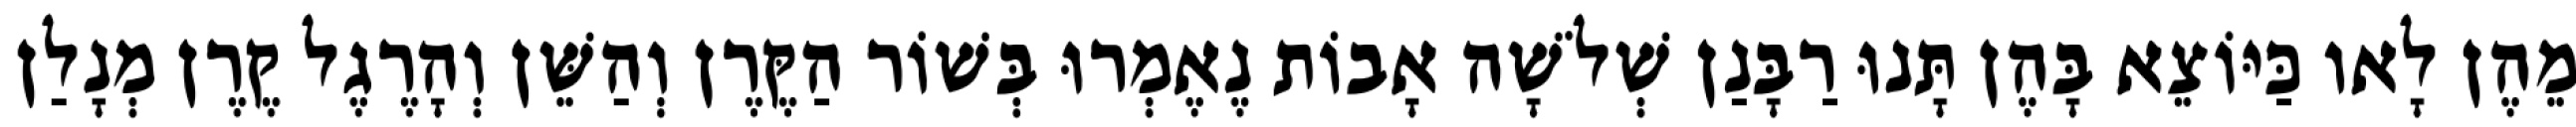
מֵהֶן לָאו כַּיּוֹצֵא בָּהֶן תָּנוּ רַבָּנַן שְׁלֹשָׁה אָבוֹת נֶאֶמְרוּ בְּשׁוֹר הַקֶּרֶן וְהַשֵּׁן וְהָרֶגֶל קֶרֶן מְנָלַן